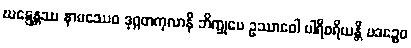
ဃဋ္ဋေန္တဿ နာမဿေဝ ဒုဂ္ဂတကုလာနိ ဘိက္ခုပေ ဥဿာဝေါ ပါရိစရိယန္တိ ပဒဉ္စေဝ